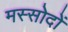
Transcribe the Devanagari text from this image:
मस्सोदों